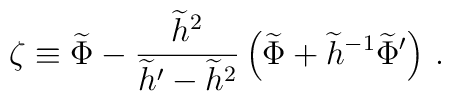
\zeta \equiv \widetilde{\Phi} - {\widetilde{h}^2 \over \widetilde{h}'-\widetilde{h}^2} \left( \widetilde\Phi + \widetilde{h}^{-1}\widetilde{\Phi}' \right) \, .